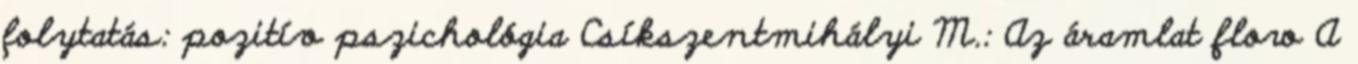
folytatás: pozitív pszichológia Csíkszentmihályi M.: Az áramlat flow A